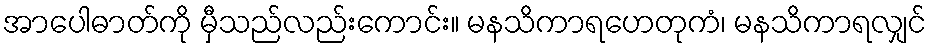
အာပေါဓာတ်ကို မှီသည်လည်းကောင်း။ မနသိကာရဟေတုကံ၊ မနသိကာရလျှင်